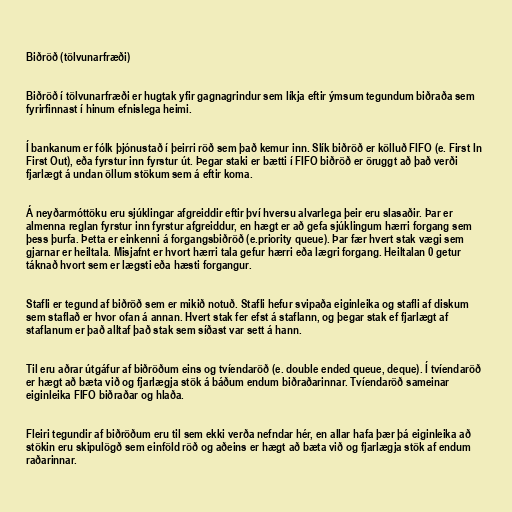
Biðröð (tölvunarfræði)

Biðröð í tölvunarfræði er hugtak yfir gagnagrindur sem líkja eftir ýmsum tegundum biðraða sem
fyrirfinnast í hinum efnislega heimi.

Í bankanum er fólk þjónustað í þeirri röð sem það kemur inn. Slík biðröð er kölluð FIFO (e. First In
First Out), eða fyrstur inn fyrstur út. Þegar staki er bætti í FIFO biðröð er öruggt að það verði
fjarlægt á undan öllum stökum sem á eftir koma.

Á neyðarmóttöku eru sjúklingar afgreiddir eftir því hversu alvarlega þeir eru slasaðir. Þar er
almenna reglan fyrstur inn fyrstur afgreiddur, en hægt er að gefa sjúklingum hærri forgang sem
þess þurfa. Þetta er einkenni á forgangsbiðröð (e.priority queue). Þar fær hvert stak vægi sem
gjarnar er heiltala. Misjafnt er hvort hærri tala gefur hærri eða lægri forgang. Heiltalan 0 getur
táknað hvort sem er lægsti eða hæsti forgangur.

Stafli er tegund af biðröð sem er mikið notuð. Stafli hefur svipaða eiginleika og stafli af diskum
sem staflað er hvor ofan á annan. Hvert stak fer efst á staflann, og þegar stak ef fjarlægt af
staflanum er það alltaf það stak sem síðast var sett á hann.

Til eru aðrar útgáfur af biðröðum eins og tvíendaröð (e. double ended queue, deque). Í tvíendaröð
er hægt að bæta við og fjarlægja stök á báðum endum biðraðarinnar. Tvíendaröð sameinar
eiginleika FIFO biðraðar og hlaða.

Fleiri tegundir af biðröðum eru til sem ekki verða nefndar hér, en allar hafa þær þá eiginleika að
stökin eru skipulögð sem einföld röð og aðeins er hægt að bæta við og fjarlægja stök af endum
raðarinnar.